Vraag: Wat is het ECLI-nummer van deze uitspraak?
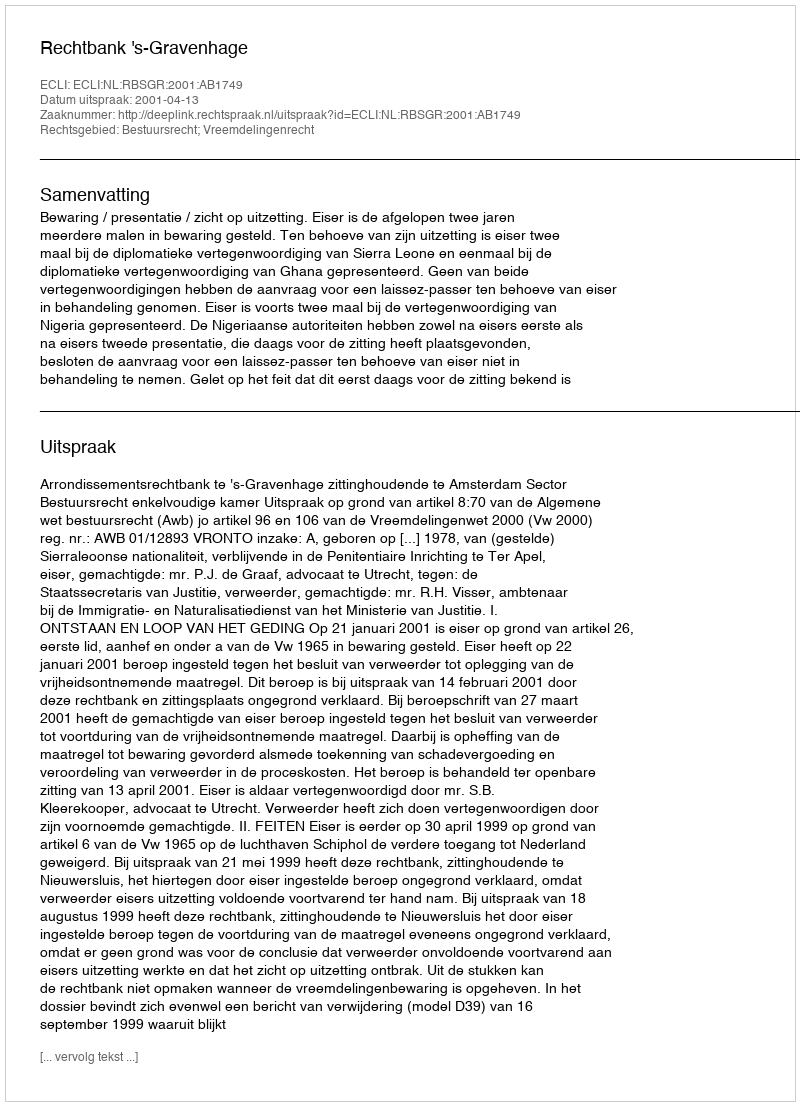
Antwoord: ECLI:NL:RBSGR:2001:AB1749